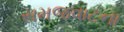
સમજવાટના